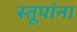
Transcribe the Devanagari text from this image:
स्तूपांना